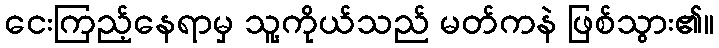
ငေးကြည့်နေရာမှ သူ့ကိုယ်သည် မတ်ကနဲ ဖြစ်သွား၏။